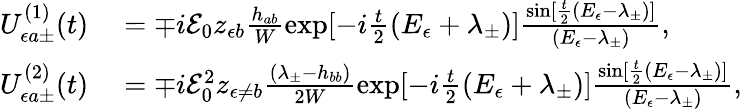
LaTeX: \begin{array}{rl}{U_{\epsilon a\pm}^{(1)}(t)}&{{}=\mp i{\cal E}_{0}z_{\epsilon b}\frac{h_{ab}}{W}\exp[-i\frac{t}{2}(E_{\epsilon}+\lambda_{\pm})]\frac{\sin[\frac{t}{2}(E_{\epsilon}-\lambda_{\pm})]}{(E_{\epsilon}-\lambda_{\pm})},}\\ {U_{\epsilon a\pm}^{(2)}(t)}&{{}=\mp i{\cal E}_{0}^{2}z_{\epsilon\neq b}\frac{(\lambda_{\pm}-h_{bb})}{2W}\exp[-i\frac{t}{2}(E_{\epsilon}+\lambda_{\pm})]\frac{\sin[\frac{t}{2}(E_{\epsilon}-\lambda_{\pm})]}{(E_{\epsilon}-\lambda_{\pm})},}\end{array}